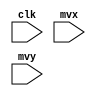
module dmStore(
		input wire			clk,
		//input wire	[20:0]	addr,
		input wire 	[3:0]	mvx,
		input wire 	[3:0]	mvy
		);
	reg [20:0]	addr;
	reg [3:0] mem [2097151:0][1:0];  // 32-bit memory with 128 entries

	initial begin
		addr <= 0;
	end

	always @(posedge clk) begin
		//if (wr) begin
			mem[addr][0] <= mvx;
			mem[addr][1] <= mvy;
		//end
	end

	always @(posedge clk) begin
		addr <= addr+1;
	end

endmodule